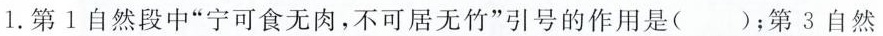
1.第1自然段中”宁可食无肉，不可居无竹”引号的作用是()；第3自然